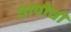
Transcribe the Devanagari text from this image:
तापीची